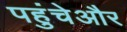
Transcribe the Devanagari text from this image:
पहुंचेऔर